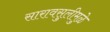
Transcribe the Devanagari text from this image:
सारावसुलीमुळे